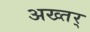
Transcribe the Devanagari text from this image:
अख्तर्